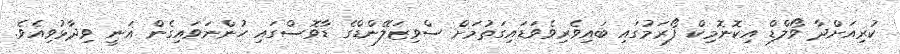
ކުރިއަށްދާ ވޯލްޑް އިކޮނޮމިކް ފޯރަމުގައި ބައިވެރިވެވަޑައިގަތުމަށް ސްވިޒަލޭންޑްގެ ޑާވޮސްގައި ހުންނަވައިގެން ޣަނީ ވިދާޅުވިއެވެ.